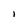
Character: l